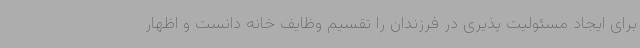
برای ایجاد مسئولیت پذیری در فرزندان را تقسیم وظایف خانه دانست و اظهار